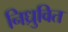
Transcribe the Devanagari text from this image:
निध्रुवित